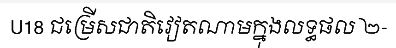
U18 ជម្រើសជាតិវៀតណាមក្នុងលទ្ធផល ២-